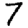
Digit: 7